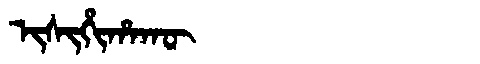
Manchu: ᡳᠰᡳᡥᡳᡥᠠᡴᡡ
Romanization: ISIHIHAKŪ